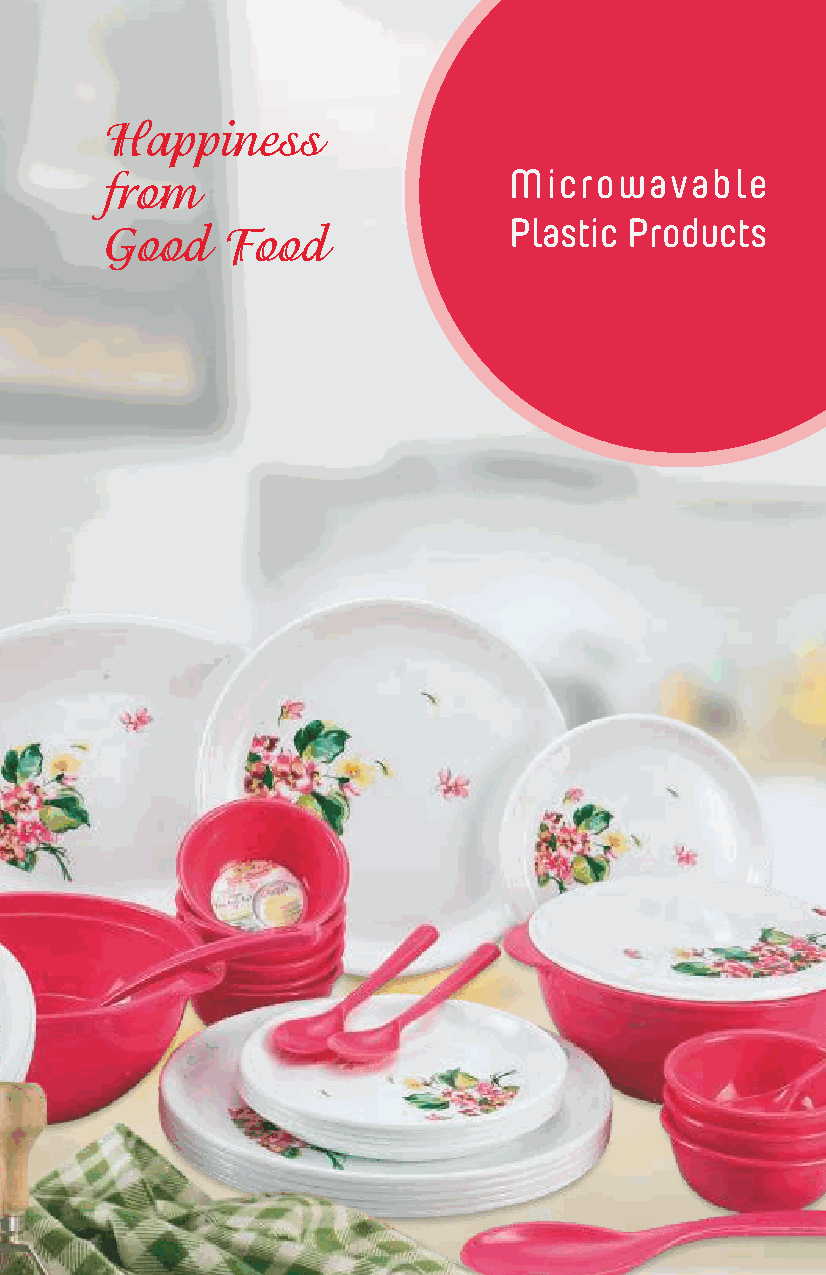
Happiness
 from                       Microwavable
 Plastic Products
 Good    Food